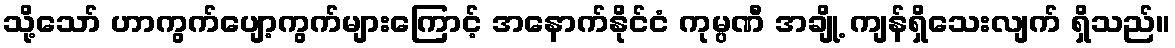
သို့သော် ဟာကွက်ပျော့ကွက်များကြောင့် အနောက်နိုင်ငံ ကုမ္ပဏီ အချို့ ကျန်ရှိသေးလျက် ရှိသည်။